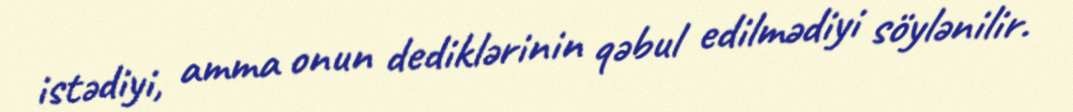
istədiyi, amma onun dediklərinin qəbul edilmədiyi söylənilir.